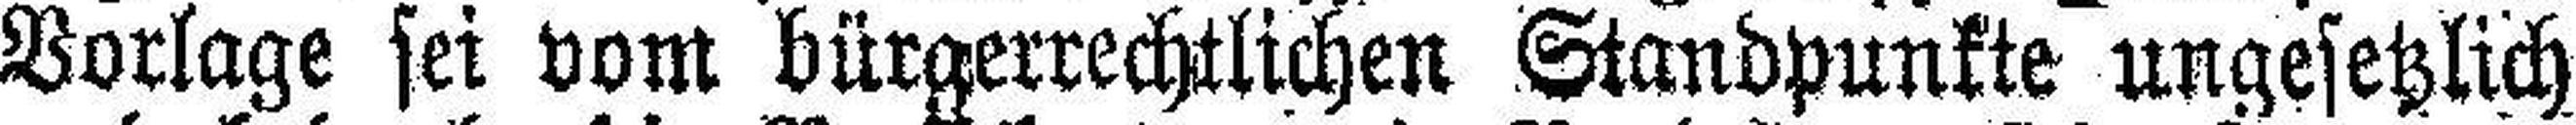
Vorlage sei vom bürgerrechtlichen Standpunkte ungesetzlich